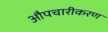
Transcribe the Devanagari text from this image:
औपचारीकरण